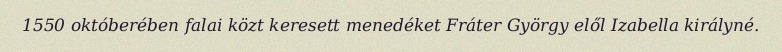
1550 októberében falai közt keresett menedéket Fráter György elől Izabella királyné.